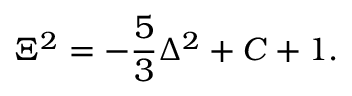
\Xi ^ { 2 } = - \frac { 5 } { 3 } \Delta ^ { 2 } + C + 1 .